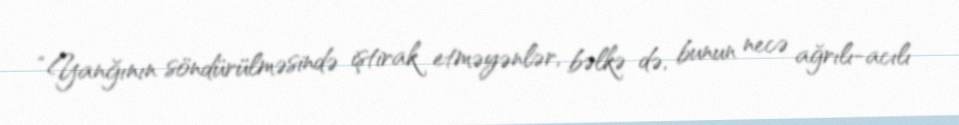
“Yanğının söndürülməsində iştirak etməyənlər, bəlkə də, bunun necə ağrılı-acılı